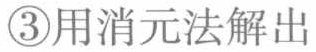
\textcircled{3}用消元法解出